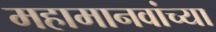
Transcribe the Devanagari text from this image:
महामानवांच्या